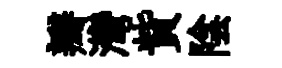
瓣灣貲陰